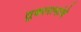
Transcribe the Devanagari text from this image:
तुकारानांचे